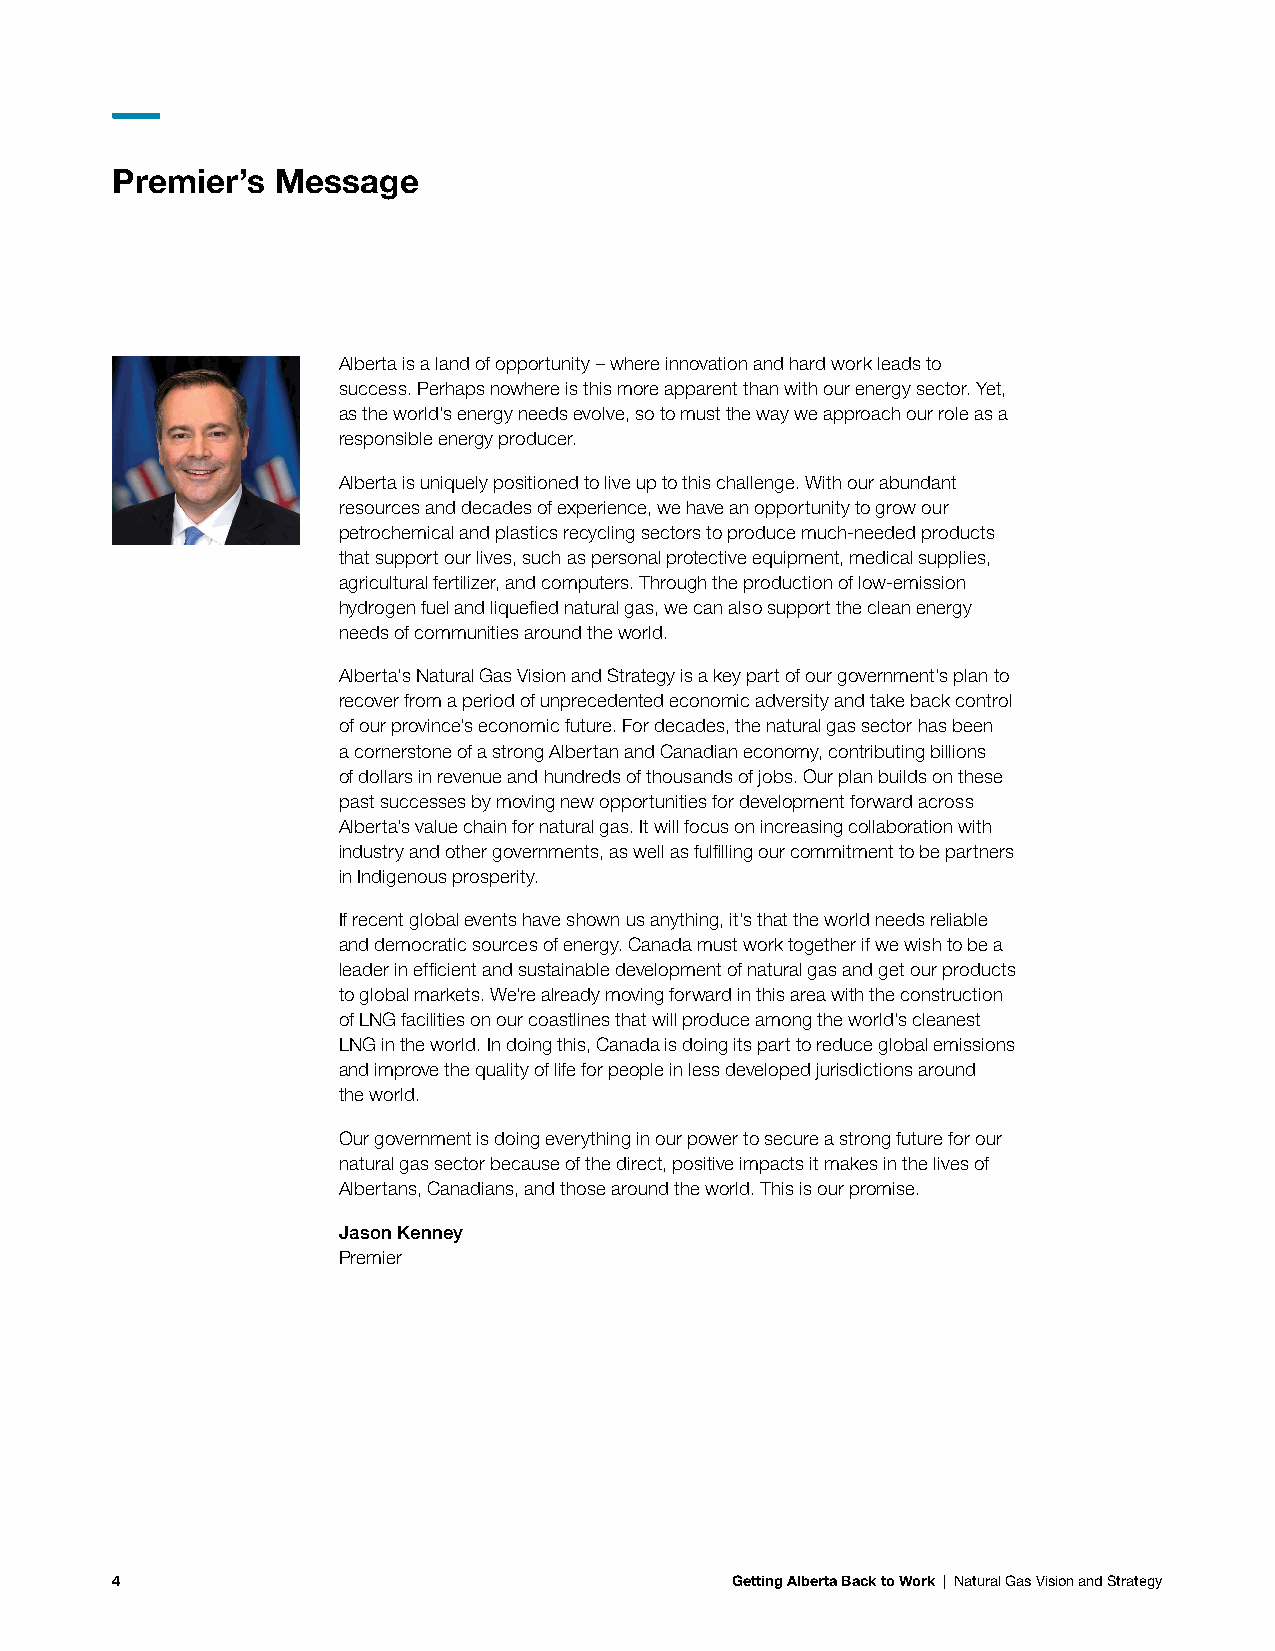
Premier’s  Message
 Alberta is a land of opportunity – where innovation and hard work leads to
 success. Perhaps nowhere is this more apparent than with our energy sector. Yet,
 as the world’s energy needs evolve, so to must the way we approach our role as a
 responsible energy producer.
 Alberta is uniquely positioned to live up to this challenge. With our abundant
 resources and decades of experience, we have an opportunity to grow our
 petrochemical and plastics recycling sectors to produce much-needed products
 that support our lives, such as personal protective equipment, medical supplies,
 agricultural fertilizer, and computers. Through the production of low-emission
 hydrogen fuel and liquefied natural gas, we can also support the clean energy
 needs of communities around the world.
 Alberta’s Natural Gas Vision and Strategy is a key part of our government’s plan to
 recover from a period of unprecedented economic adversity and take back control
 of our province’s economic future. For decades, the natural gas sector has been
 a cornerstone of a strong Albertan and Canadian economy, contributing billions
 of dollars in revenue and hundreds of thousands of jobs. Our plan builds on these
 past successes by moving new opportunities for development forward across
 Alberta’s value chain for natural gas. It will focus on increasing collaboration with
 industry and other governments, as well as fulfilling our commitment to be partners
 in Indigenous prosperity.
 If recent global events have shown us anything, it’s that the world needs reliable
 and democratic sources of energy. Canada must work together if we wish to be a
 leader in efficient and sustainable development of natural gas and get our products
 to global markets. We’re already moving forward in this area with the construction
 of LNG facilities on our coastlines that will produce among the world’s cleanest
 LNG in the world. In doing this, Canada is doing its part to reduce global emissions
 and improve the quality of life for people in less developed jurisdictions around
 the world.
 Our government is doing everything in our power to secure a strong future for our
 natural gas sector because of the direct, positive impacts it makes in the lives of
 Albertans, Canadians, and those around the world. This is our promise.
 Jason Kenney
 Premier
 4                                        Getting Alberta Back to Work | Natural Gas Vision and Strategy